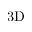
\mathrm { 3 D }